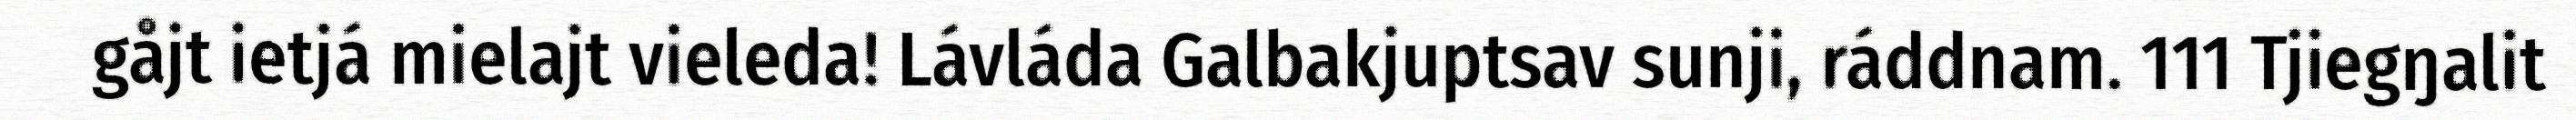
gåjt ietjá mielajt vieleda! Lávláda Galbakjuptsav sunji, ráddnam. 111 Tjiegŋalit